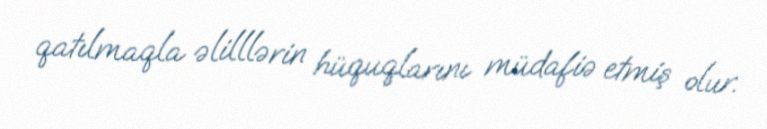
qatılmaqla əlilllərin hüquqlarını müdafiə etmiş olur.